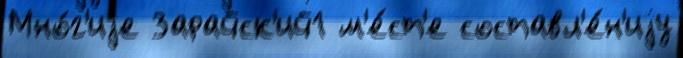
Мно́г'иjе Зарайск'ий1 м'е́ст'е составл'е́н'иjу